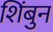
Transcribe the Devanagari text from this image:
शिंबुन